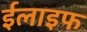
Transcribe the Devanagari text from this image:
ईलाइफ